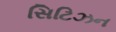
સિટિઝન